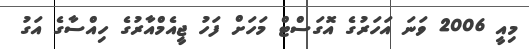
މިއީ 2006 ވަނަ އަހަރުގެ އޮގަސްޓް މަހަށް ފަހު ޖީއެމްއާރުގެ ހިއްސާގެ އަގު